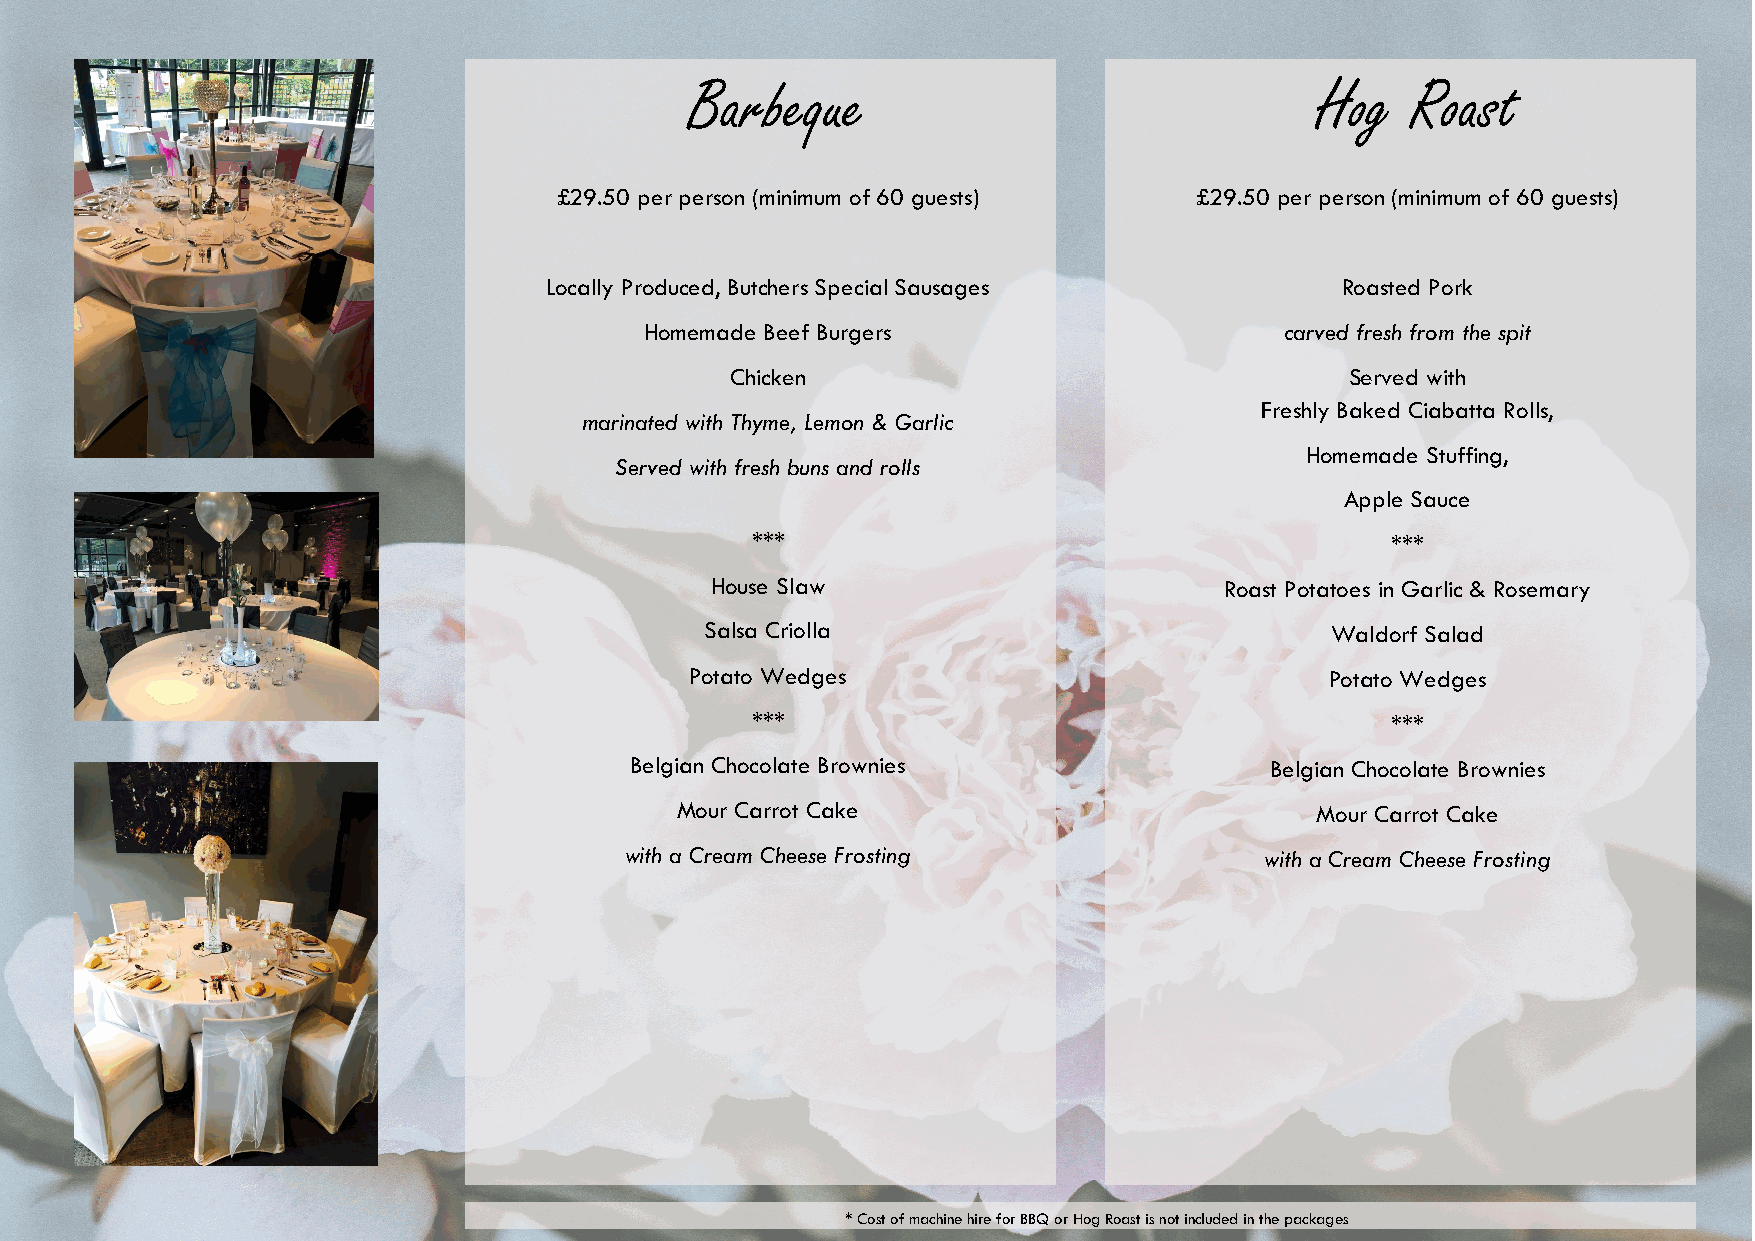
Barbeque                                 Hog   Roast
 £29.50 per person (minimum of 60 guests)  £29.50 per person (minimum of 60 guests)
 Locally Produced, Butchers Special Sausages          Roasted Pork
 Homemade Beef Burgers                     carved fresh from the spit
 Chicken                                  Served with
 Freshly Baked Ciabatta Rolls,
 marinated with Thyme, Lemon & Garlic
 Homemade Stuffing,
 Served with fresh buns and rolls
 Apple Sauce
 ***                                       ***
 House Slaw                        Roast Potatoes in Garlic & Rosemary
 Salsa Criolla                            Waldorf Salad
 Potato Wedges                             Potato Wedges
 ***                                       ***
 Belgian Chocolate Brownies                Belgian Chocolate Brownies
 Mour Carrot Cake                          Mour Carrot Cake
 with a Cream Cheese Frosting               with a Cream Cheese Frosting
 * Cost of machine hire for BBQ or Hog Roast is not included in the packages